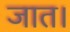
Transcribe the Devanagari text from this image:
जात।